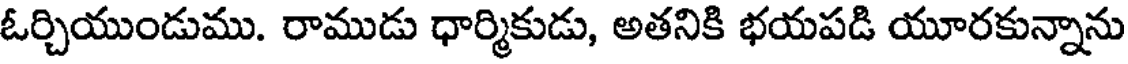
ఓర్చియుండుము. రాముడు ధార్మికుడు, అతనికి భయపడి యూరకున్నాను